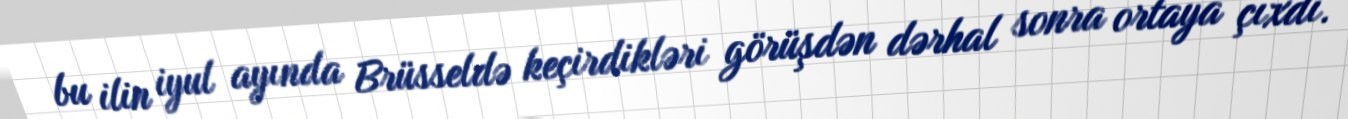
bu ilin iyul ayında Brüsseldə keçirdikləri görüşdən dərhal sonra ortaya çıxdı.